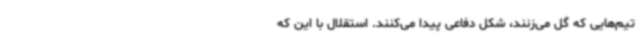
تیم‌هایی که گل می‌زنند، شکل دفاعی پیدا می‌کنند. استقلال با این که